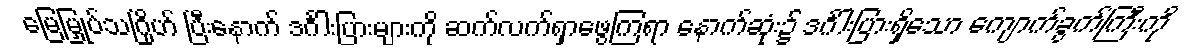
မြေမြှုပ်သဂြိုဟ် ပြီးနောက် ဒင်္ဂါးပြားများကို ဆက်လက်ရှာဖွေကြရာ နောက်ဆုံး၌ ဒင်္ဂါးပြားရှိသော ကျောက်ခွက်ကြီးကို